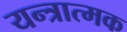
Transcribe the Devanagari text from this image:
यन्त्रात्मक